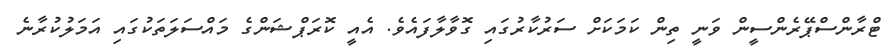
ޓްރާންސްޕޭރެންސީން ވަނީ ތިން ކަމަަކަށް ސަރުކާރުގައި ގޮވާލާފައެވެ. އެއީ ކޮރަޕްޝަންގެ މައްސަލަތަކުގައި އަމަލުކުރާނެ